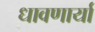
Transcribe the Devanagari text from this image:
धावणार्या